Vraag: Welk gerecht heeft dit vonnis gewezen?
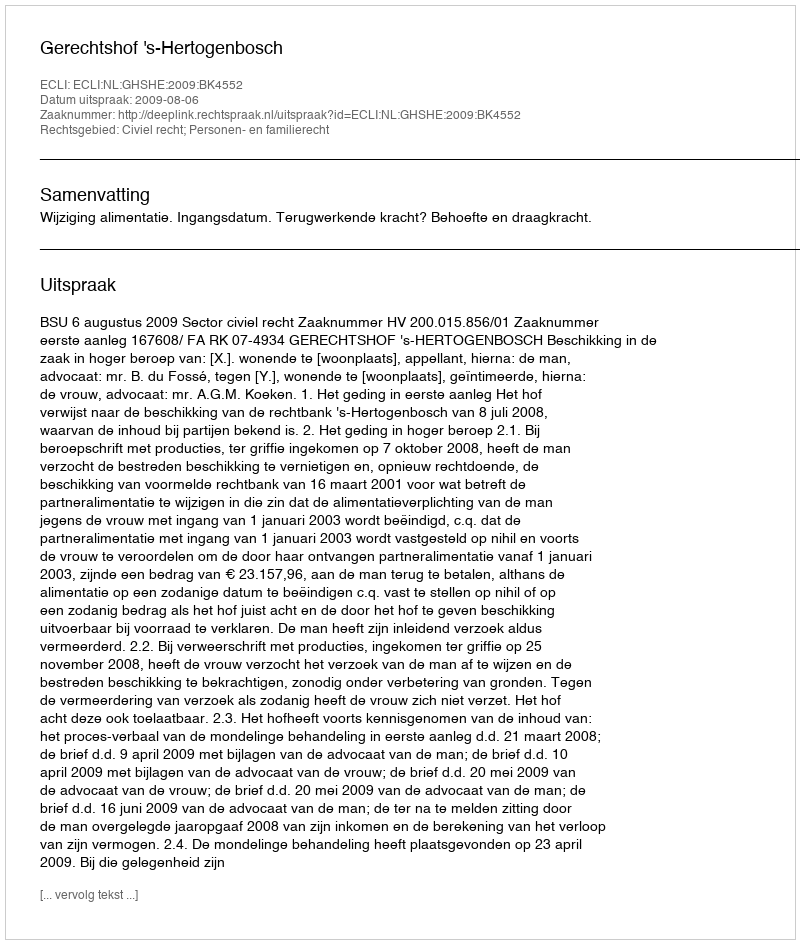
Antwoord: Gerechtshof 's-Hertogenbosch